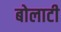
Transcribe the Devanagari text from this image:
बोलाटी